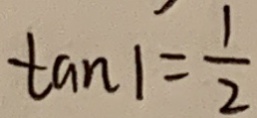
\tan 1 = \frac { 1 } { 2 }